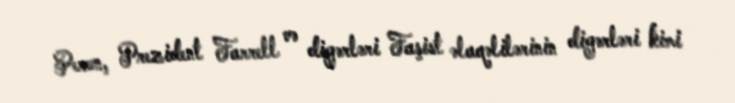
Peron, Prezident Farrell və digərləri Faşist əlaqəlilərinin digərləri kimi